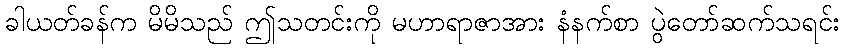
ခါယတ်ခန်က မိမိသည် ဤသတင်းကို မဟာရာဇာအား နံနက်စာ ပွဲတော်ဆက်သရင်း